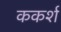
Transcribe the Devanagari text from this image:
ककर्श